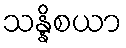
သန္နိစယာ